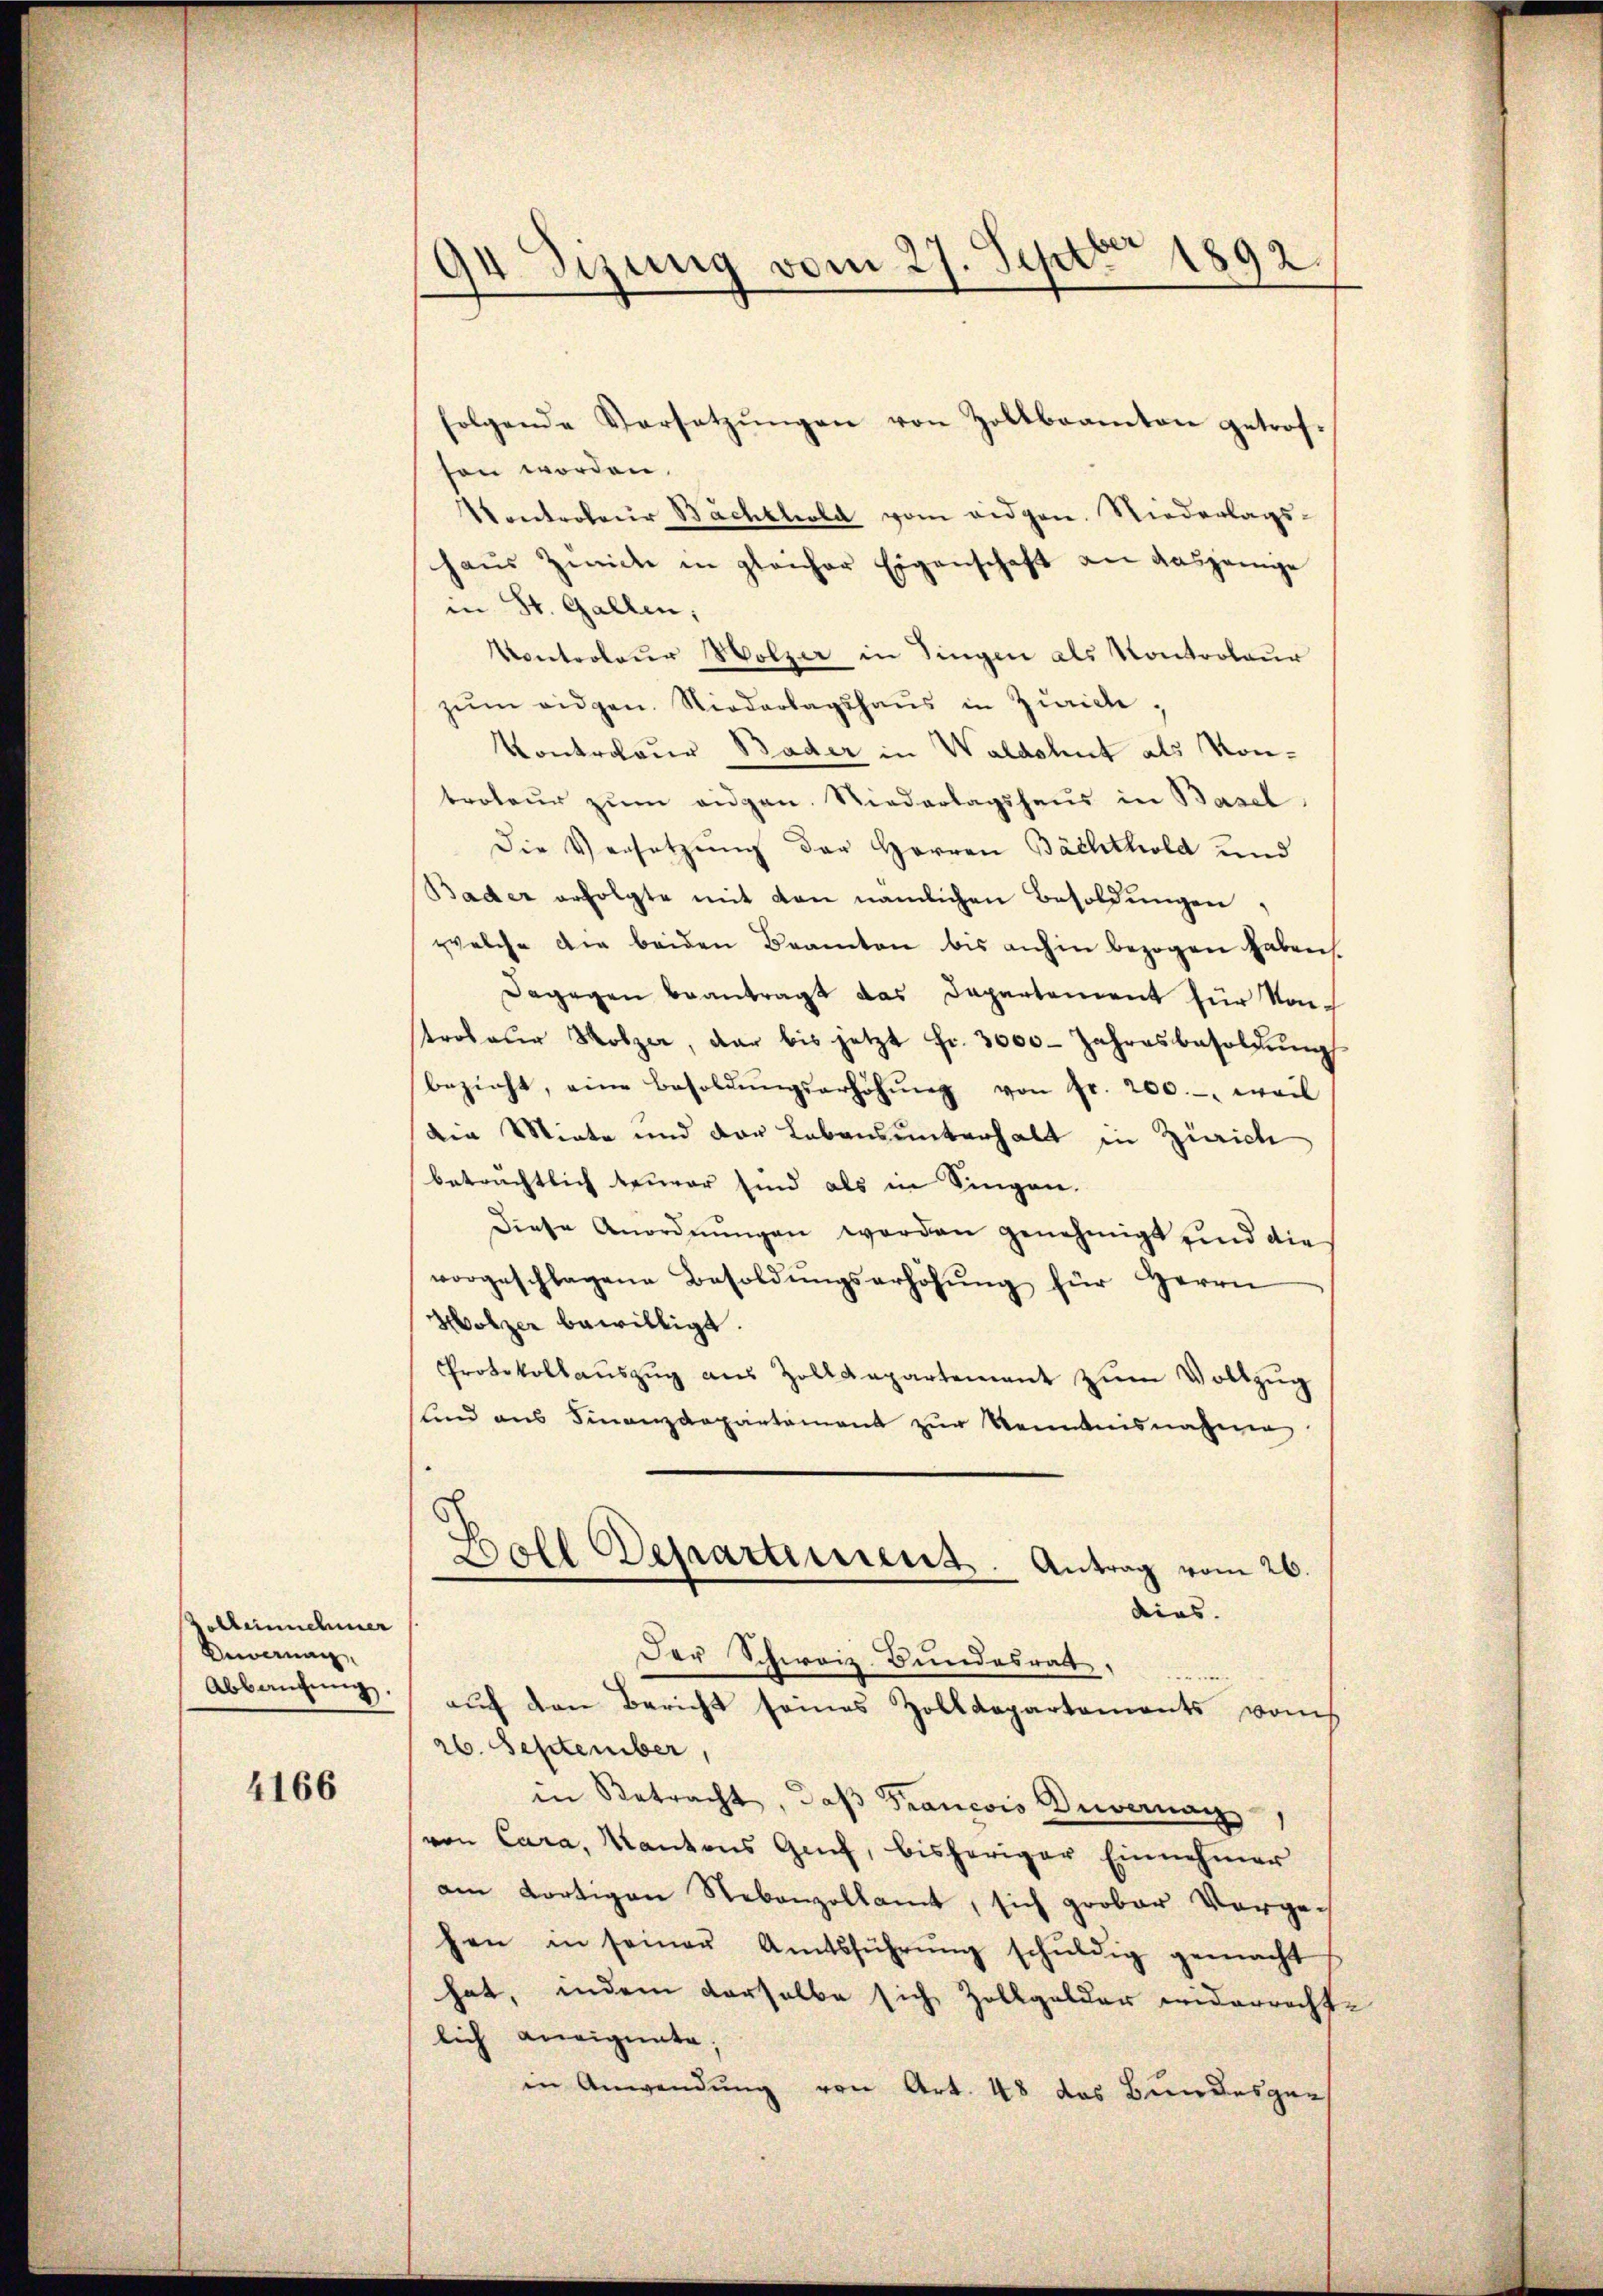
Zolbeinnehmer
Beiernan
Abbaŭchŭng.

4166

94 Sizung vom 27. Septbr 1892.

folgende Versetzŭngen von Zollbeamten getrof-
sen worden.
Kontroleur Bachklola vom eidgen. Niederlags-
haŭs Zwicke in gleicher Eigenschaft an dasjenige
in St. Gallen;
Kontroleur Holzer in Singen als Kontroleur
zŭm eidgen. Niederlagshaus in Zürich
Kontroleur Bader in Waldshut als Konteoteŭr zŭm eidgen. Niederlagshaus in Basel
Die Versetzung der Herren Bächthold und
Bader erfolgte mit den nämlichen Besoldungen
welche die beiden Beamten bis anhin bezogen haben.
Dagegen beantragt das Departement für Kontrobeŭr Molzer, dar bis jetzt fr. 3000 Jahresbesoldŭng
bezieht, eine Besoldŭngserhöhŭng von fr. 200.- weil
die Miete und der Lebensunterhalt in Zürich
beträchtlich teurer sind als in Singen.
Diese Anordnŭngen worden genehmigt sind die
vorgeschlagene Besoldŭngserhöhŭng für Herrn
Holzer bewilligt.
Protokollaŭszŭg aŭs Zolldepartement zŭm Vollzug
lind aus Finanzdepartement zur Kenntnisnahmen
Ball Departement. Antrag vom 26.
dias.
Der Schweiz. Bundesrath
aŭf den Bericht seines Zolldepartements vom
26. September,
in Betracht, daß Francois Duvernag
von Cara, Kantons Genf, bisheriger Einnehmer
am dortigen Rebenzollamt, sich grober Vorgehen in seiner Amtsführŭng schŭldig gemacht
hat, indem derselbe sich Zollgelder widerrecht-
lich aneignata;
in Anwendung von Art. 48 das Bundesger